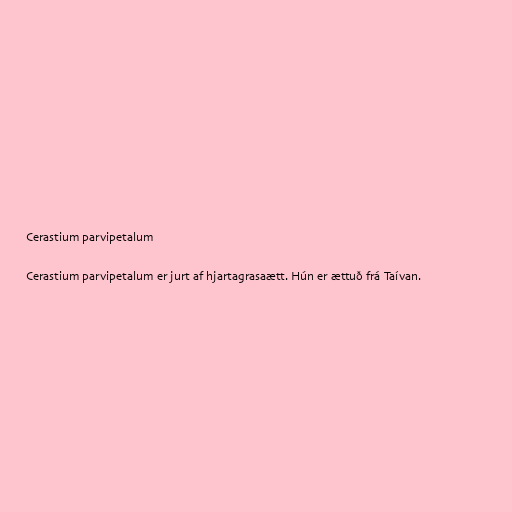
Cerastium parvipetalum

Cerastium parvipetalum er jurt af hjartagrasaætt. Hún er ættuð frá Taívan.